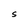
Character: S